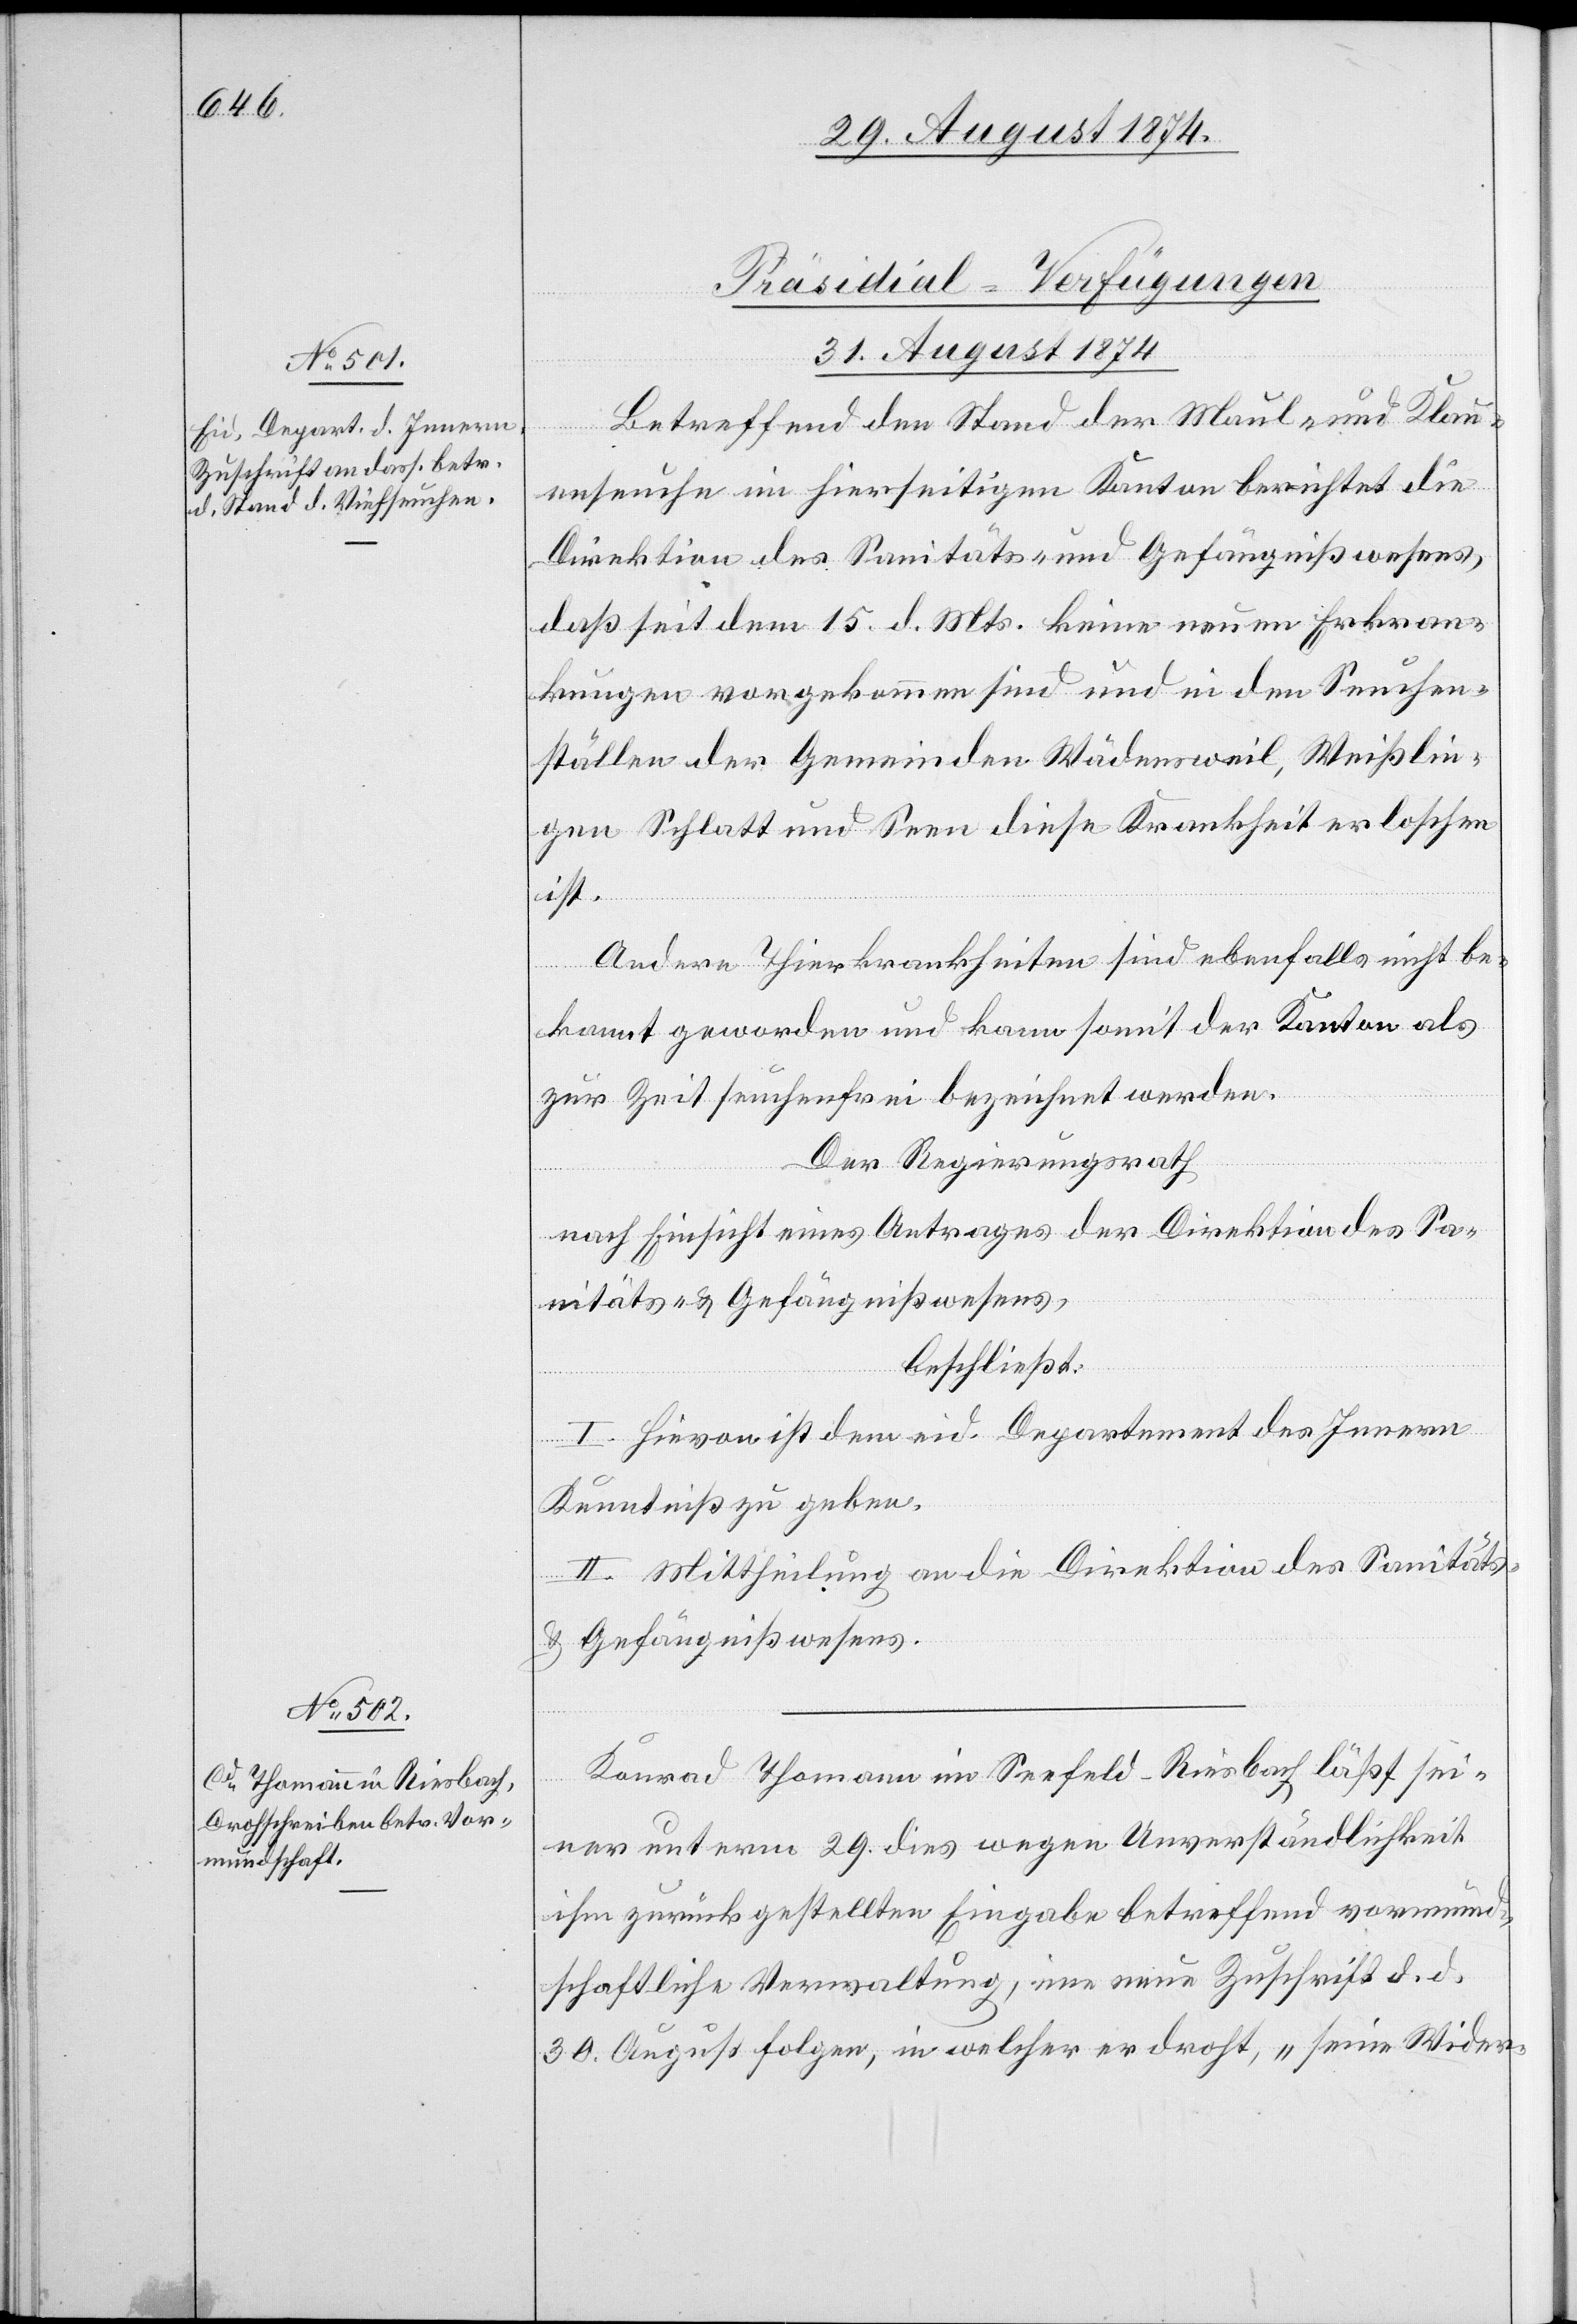
[Präsidial-Verfügungen
31. August 1874.]
Betreffend den Stand der Maul- und Klau¬
enseuche im hierseitigen Kanton berichtet die
Direktion des Sanitäts- und Gefängnißwesens,
daß seit dem 15. d. Mts. keine neuen Erkran¬
kungen vorgekommen sind und in den Seuchen¬
ställen der Gemeinden Wädensweil, Weißlin¬
gen[,] Schlatt und Seen diese Krankheit erloschen
ist.
Andere Thierkrankheiten sind ebenfalls nicht be¬
kannt geworden und kann somit der Kanton als
zur Zeit seuchenfrei bezeichnet werden.
Der Regierungsrath
nach Einsicht eines Antrages der Direktion des Sa¬
nitäts- u. Gefängnißwesens,
beschließt:
I. Hievon ist dem eid. Departement des Innern
Kenntniß zu geben.
II. Mittheilung an die Direktion des Sanitäts-
u. Gefängnißwesens.
Konrad Thomann in Seefeld - Riesbach läßt sei¬
ner unterm 29. dies wegen Unverständlichkeit
ihm zurückgestellten Eingabe betreffend vormund¬
schaftliche Verwaltung, eine neue Zuschrift d. d.
30. August folgen, in welcher er droht, „seine Wider-